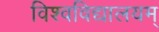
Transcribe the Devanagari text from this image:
विश्वविद्यालयम्‌